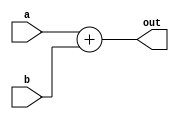
module Adder(
	input [63:0] a,
	input [63:0] b,
	output [63:0] out
);

	assign out = a+b;
endmodule